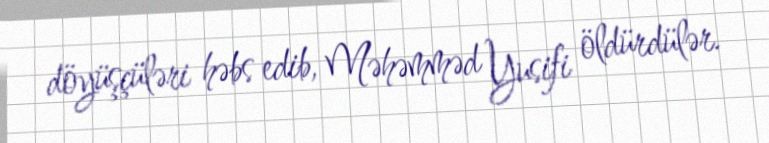
döyüşçüləri həbs edib, Məhəmməd Yusifi öldürdülər.